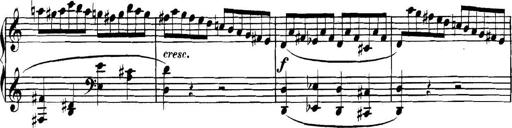
Title: Collected Piano Sonatas
Composer: Muzio Clementi